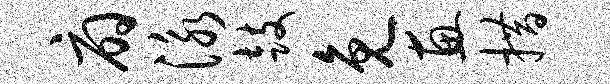
扇泳鼓免惠措